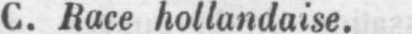
C. Race hollandaise.